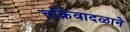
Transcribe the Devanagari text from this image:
चक्रिवादळाने